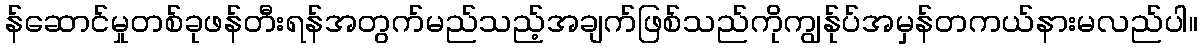
န်ဆောင်မှုတစ်ခုဖန်တီးရန်အတွက်မည်သည့်အချက်ဖြစ်သည်ကိုကျွန်ုပ်အမှန်တကယ်နားမလည်ပါ။